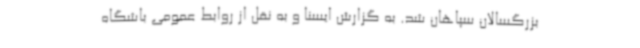
بزرگسالان سپاهان شد. به گزارش ایسنا و به نقل از روابط عمومی باشگاه